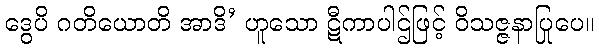
ဒွေပိ ဂတိယောတိ အာဒိ’ ဟူသော ဋီကာပါဌ်ဖြင့် ဝိသဇ္ဇနာပြုပေ။